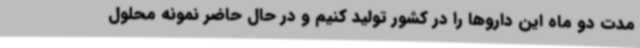
مدت دو ماه این داروها را در کشور تولید کنیم و در حال حاضر نمونه محلول